Report on horse surra - Volume II, Part I
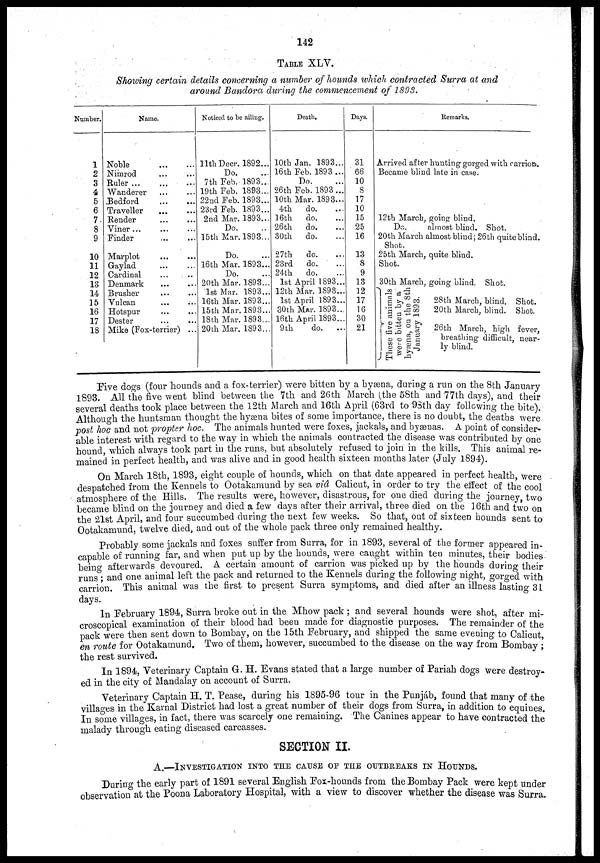
142
TABLE XLV.
Showing certain details concerning a number of hounds which contracted Surra at and
around Bandora during the commencement of 1893.
Number.
1
2
3
4
5
6
7
8
9
10
11
12
13
14
15
16
17
18
Name.
Noble
Nimrod
Ruler
Wanderer
Bedford
Traveller
Render
Viner ...
Finder
Marplot
Gaylad
Cardinal
Denmark
Brusher
Vulcan
Hotspur
Dester
Mike (Fox-terrier) ...
Noticed to be ailing.
11th Decr. 1892...
Do.
7th Feb. 1893...
19th Feb. 1893...
22nd Feb. 1893...
23rd Feb. 1893...
2nd Mar. 1893...
Do.
15th Mar. 1893...
Do.
16th Mar. 1893...
Do.
20th Mar. 1893...
1st Mar. 1893...
16th Mar. 1893...
15th Mar. 1893...
18th Mar. 1893...
20th Mar. 1893...
Death.
10th Jan. 1893...
16th Feb. 1893...
Do.
26th Feb. 1893 ...
10th Mar. 1893...
4th
do.
16th
do.
26th
do.
30th
do.
27th
do.
23rd
do.
24th
do.
1st April 1893...
12th Mar. 1893...
1st April 1893...
30th Mar. 1893...
16th April 1893...
9th
do.
Days.
31
66
10
8
17
10
15
25
16
13
8
9
13
12
17
16
30
21
Remarks.
Arrived after hunting gorged with carrion.
Became blind late in case.
12th March, going blind.
Do.
almost blind. Shot.
20th March almost blind; 26th quite blind.
Shot.
25th March, quite blind.
Shot.
30th March, going blind. Shot.
These five animals
were bitten by a
hyæna,
on the 8th
January 1893.
28th March, blind. Shot.
20th March, blind. Shot.
26th March, high fever,
breathing difficult, near-
ly blind.
Five dogs (four hounds and a fox-terrier) were bitten by a hyæna, during a run on the 8th January
1893. All the five went blind between the 7th and 26th March (the 58th and 77th days), and their
several deaths took place between the 12th March and 16th April (63rd to 98th day following the bite).
Although the huntsman thought the hyæna bites of some importance, there is no doubt, the deaths were
post hoc and not propter hoc. The animals hunted were foxes, jackals, and hyænas. A point of consider-
able interest with regard to the way in which the animals contracted the disease was contributed by one
hound, which always took part in the runs, but absolutely refused to join in the kills. This animal re-
mained in perfect health, and was alive and in good health sixteen months later (July 1894).
On March 18th, 1893, eight couple of hounds, which on that date appeared in perfect health, were
despatched from the Kennels to Ootakamund by sea viâ Calicut, in order to try the effect of the cool
atmosphere of the Hills. The results were, however, disastrous, for one died during the journey, two
became blind on the journey and died a few days after their arrival, three died on the 16th and two on
the 21st April, and four succumbed during the next few weeks. So that, out of sixteen hounds sent to
Ootakamund, twelve died, and out of the whole pack three only remained healthy.
Probably some jackals and foxes suffer from Surra, for in 1893, several of the former appeared in-
capable of running far, and when put up by the hounds, were caught within ten minutes, their bodies
being afterwards devoured. A certain amount of carrion was picked up by the hounds during their
runs; and one animal left the pack and returned to the Kennels during the following night, gorged with
carrion. This animal was the first to present Surra symptoms, and died after an illness lasting 31
days.
In February 1894, Surra broke out in the Mhow pack ; and several hounds were shot, after mi-
croscopical examination of their blood had been made for diagnostic purposes. The remainder of the
pack were then sent down to Bombay, on the 15th February, and shipped the same evening to Calicut,
en route for Ootakamund. Two of them, however, succumbed to the disease on the way from Bombay ;
the rest survived.
In 1894, Veterinary Captain G. H. Evans stated that a large number of Pariah dogs were destroy-
ed in the city of Mandalay on account of Surra,
Veterinary Captain H. T. Pease, during his 1895-96 tour in the Punjáb, found that many of the
villages in the Karnal District had lost a great number of their dogs from Surra, in addition to equines.
In some villages, in fact, there was scarcely one remaining. The Canines appear to have contracted the
malady through eating diseased carcasses.
SECTION II.
A.—INVESTIGATION INTO THE CAUSE OF THE OUTBREAKS IN HOUNDS.
During the early part of 1891 several English Fox-hounds from the Bombay Pack were kept under
observation at the Poona Laboratory Hospital, with a view to discover whether the disease was Surra.